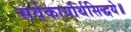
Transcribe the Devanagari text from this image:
सर्वकार्यार्थसिद्धये॥